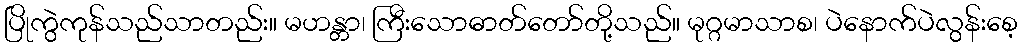
ပြိုကွဲကုန်သည်သာတည်း။ မဟန္တာ၊ ကြီးသောဓာတ်တော်တို့သည်။ မုဂ္ဂမာသာစ၊ ပဲနောက်ပဲလွန်းစေ့